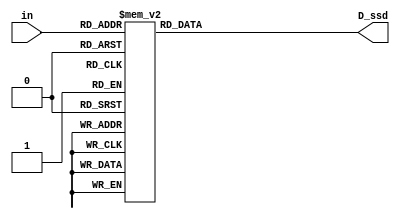
module display(D_ssd, in);
    input [3:0] in;
    output reg [7:0] D_ssd;
    
    always @*
        case(in)
            4'd0: D_ssd = 8'b00000011;
            4'd1: D_ssd = 8'b10011111;
            4'd2: D_ssd = 8'b00100101;
            4'd3: D_ssd = 8'b00001101;
            4'd4: D_ssd = 8'b10011001;
            4'd5: D_ssd = 8'b01001001;
            4'd6: D_ssd = 8'b01000001;
            4'd7: D_ssd = 8'b00011111;
            4'd8: D_ssd = 8'b00000001;
            4'd9: D_ssd = 8'b00001001;
            default: D_ssd = 8'b11111111;  
    endcase
    
endmodule